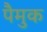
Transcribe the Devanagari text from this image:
पैमुक